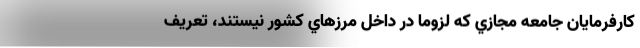
كارفرمايان جامعه مجازي كه لزوما در داخل مرزهاي كشور نيستند، تعريف